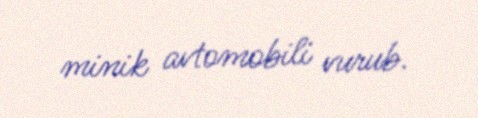
minik avtomobili vurub.